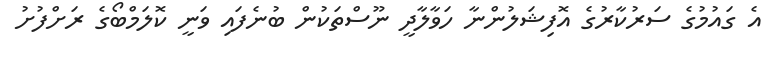
އެ ގައުމުގެ ސަރުކާރުގެ އޮފިޝަލުންނާ ހަވާލާދީ ނޫސްތަކުން ބުނެފައި ވަނީ ކޮލަމްބޯގެ ރަށްފުށު